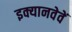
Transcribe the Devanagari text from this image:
इक्यानवेवें